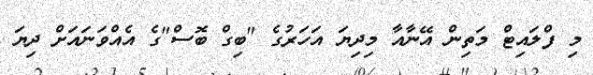
މި ފްލައިޓް މަތިން އޭނާއާ މިދިޔަ އަހަރުގެ "ބިގް ބޮސް"ގެ އެއްވަނައަށް ދިޔަ